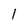
Character: l